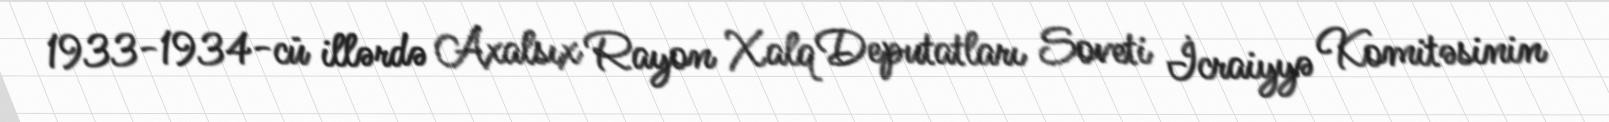
1933-1934-cü illərdə Axalsıx Rayon Xalq Deputatları Soveti İcraiyyə Komitəsinin